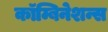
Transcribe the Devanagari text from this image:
कॉम्बिनेशन्स